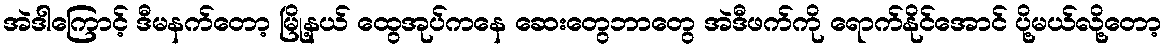
အဲဒါကြောင့် ဒီမနက်တော့ မြို့နယ် ထွေအုပ်ကနေ ဆေးတွေဘာတွေ အဲဒီဖက်ကို ရောက်နိုင်အောင် ပို့မယ်လို့တော့